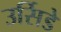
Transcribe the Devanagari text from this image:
उर्सिडे